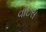
વૉઇસ